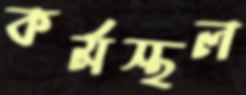
কর্মস্থল